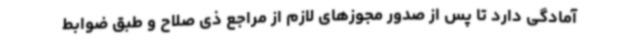
آمادگی دارد تا پس از صدور مجوزهای لازم از مراجع ذی صلاح و طبق ضوابط